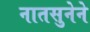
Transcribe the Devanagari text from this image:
नातसुनेने